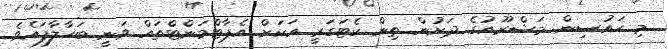
މި ހައުސިން މަޝްރޫއުގެ ދަށުން ތިން ކެޓަގަރީ އަކަށް އެޕާޓްމަންޓްތައް ވަނީ ބަހާލާފައެވެ.